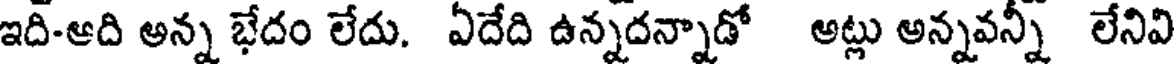
ఇది-ఆది అన్న భేదం లేదు. ఏదేది ఉన్నదన్నాడో అట్లు అన్నవన్నీ లేనివి